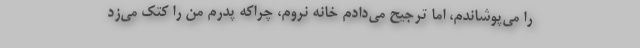
را می‌پوشاندم، اما ترجیح می‌دادم خانه نروم، چراکه پدرم من را کتک می‌زد